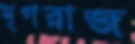
মৃগরাজ